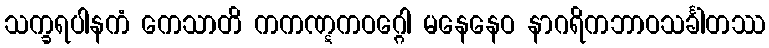
သက္ခရပါနကံ ကေသာတိ ကကဏ္ဋကဝဂ္ဂေါ မနေနေဝ နာဂရိကဘာဝသင်္ခါတဿ